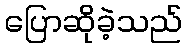
ပြောဆိုခဲ့သည်